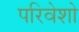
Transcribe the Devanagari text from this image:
परिवेशो